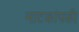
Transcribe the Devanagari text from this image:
नाटकांपकी